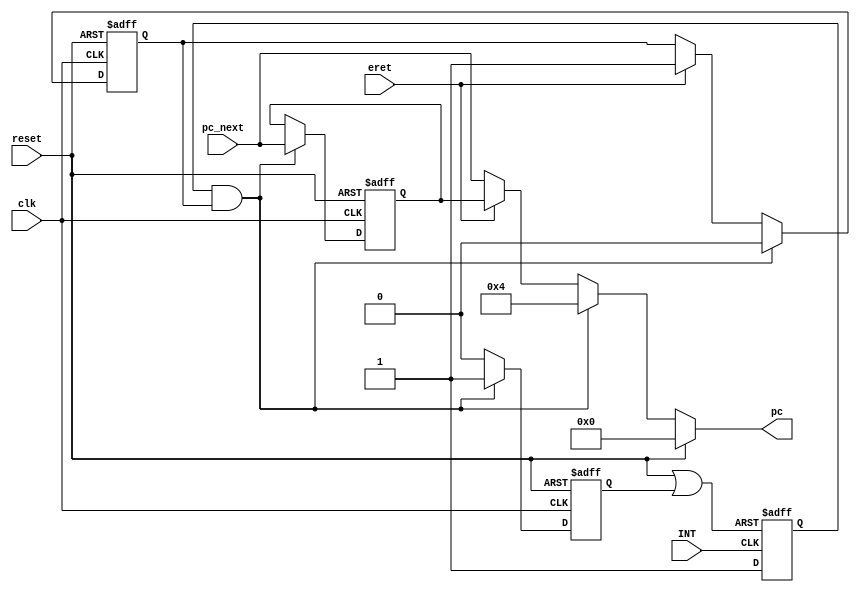
module       ARM_INT(input wire clk,
							input wire reset,
							input wire INT,
							input wire eret,
							input wire[31:0] pc_next,
							output reg [31:0] pc
							);
reg int_act=0,int_req_r=0,int_en=1;
reg [31:0] EPC;
		assign int_clr = reset|int_act;		
		always @(posedge INT or 				
					posedge int_clr )begin		
			if(int_clr==1 )int_req_r<=0;		
			else int_req_r<=1;					
		end
	always @(posedge clk or posedge reset ) begin	  			
			if (reset)begin EPC     <= 0; 	
								 int_act <= 0;		
								 int_en  <= 1;	
			end 			
			else if(int_req_r & int_en)begin 
							EPC <= pc_next; 		
							int_act<=1;				
							int_en<=0; 				
				  end
				  else begin int_act<=0; 	
						 if(eret) int_en<=1;	 	
						 end
	end
		always @* begin
			if (reset==1)pc <= 32'h00000000; 
			else if(int_req_r & int_en )
					  pc <= 32'h00000004;		
				  else if(eret)pc <= EPC; 		
				       else pc <= pc_next;		
		end
endmodule